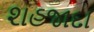
શહજાદા